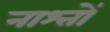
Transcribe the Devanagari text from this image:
नाश्तों